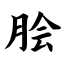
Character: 脍